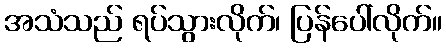
အသံသည် ရပ်သွားလိုက်၊ ပြန်ပေါ်လိုက်။